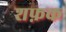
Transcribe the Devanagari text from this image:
शफ़क